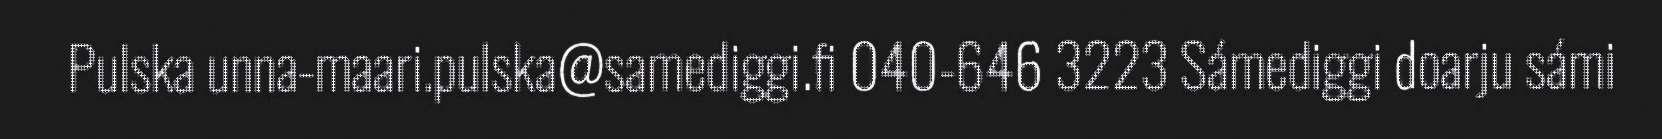
Pulska unna-maari.pulska@samediggi.fi 040-646 3223 Sámediggi doarju sámi